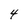
Character: 4